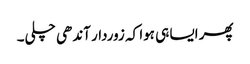
پھر ایسا ہی ہوا کہ زوردار آندھی چلی۔